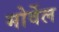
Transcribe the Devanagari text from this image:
मोर्वेल